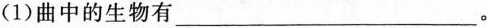
（1）曲中的生物有___。